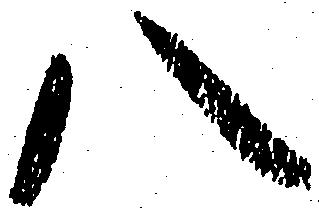
八